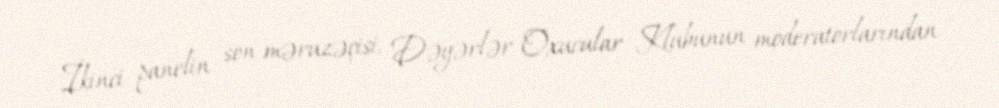
İkinci panelin son məruzəçisi, Dəyərlər Oxucular Klubunun moderatorlarından